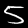
Digit: 5